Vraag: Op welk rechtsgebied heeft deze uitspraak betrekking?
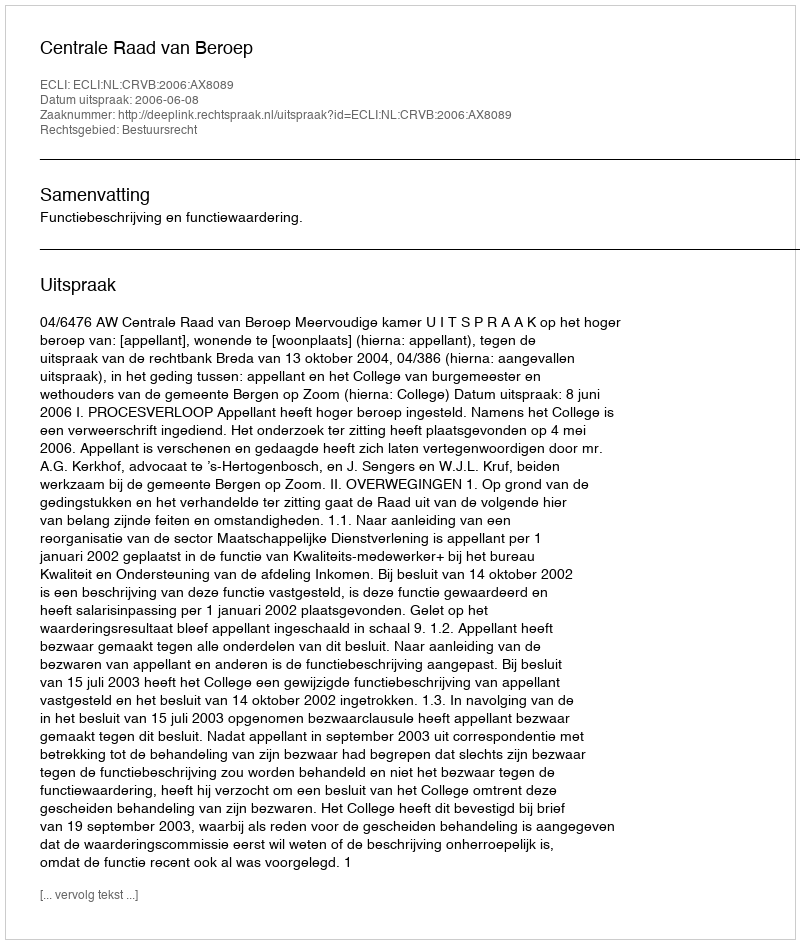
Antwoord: Bestuursrecht